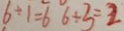
6 \div 1 = 6 6 \div 3 = 2